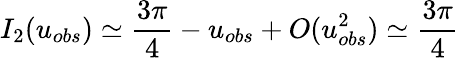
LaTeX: I_{2}(u_{obs})\simeq\frac{3\pi}{4}-u_{obs}+O(u_{obs}^{2})\simeq\frac{3\pi}{4}